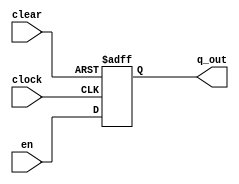
module t_flipflop(en,clock,clear,q_out);
	input en;
	input clock;
	input clear;
	output reg q_out;

	always@(negedge clear or posedge clock)
		if(!clear)
			q_out <= 1'b0;
		else if(clock) 
			q_out <= en;
		else 
			q_out <= ~en;
					
endmodule
module counter1_4bit_tff(en,clock,clear,out);
	input en;
	output [3:0] out;
	input clock;
	input clear;
	
	//en = cac inputs
	t_lipflop U1(.en(out[3]&out[2]&out[1]),.clock(clock),.clear(clear),.q_out(out[3])); //T3
	t_flipflop U2(.en(out[1]&out[0]),.clock(clock),.clear(clear),.q_out(out[2])); //T2
	t_flipflop U3(.en(out[0]|(~out[3]&out[2]&~out[1])),.clock(clock),.clear(clear),.q_out(out[1])); //T1
	t_flipflop U4(.en(1),.clock(clock),.clear(clear),.q_out(out[0])); //T0

endmodule